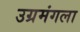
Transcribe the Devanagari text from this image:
उग्रमंगला